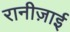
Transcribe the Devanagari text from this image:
रानीज़ाई